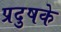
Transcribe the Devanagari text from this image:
प्रदुषके